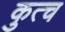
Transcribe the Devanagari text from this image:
कुत्च